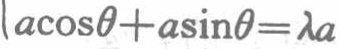
\(a\cos\theta + a\sin\theta=\lambda a\)